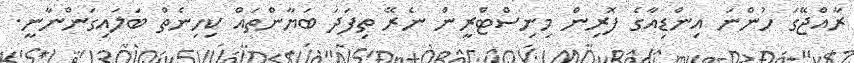
ރާއްޖޭގަ ހުންނަ އިންޑިއާގެ ފޮރިން މިނިސްޓްރީން ނެރޭ ތިފަދަ ބަޔާންތައް ކިހިނެތް ބަލައިގަންނާނީ.